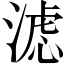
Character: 滤